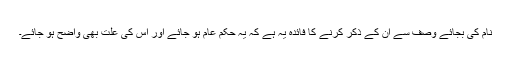
نام کی بجائے وصف سے ان کے ذکر کرنے کا فائدہ یہ ہے کہ یہ حکم عام ہو جائے اور اس کی علت بھی واضح ہو جائے۔